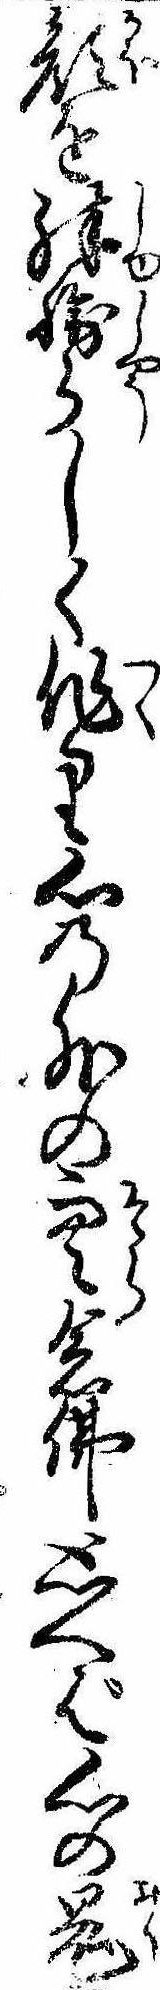
顔を殊勝らしく作り心の外の空念仏思へば心の鬼